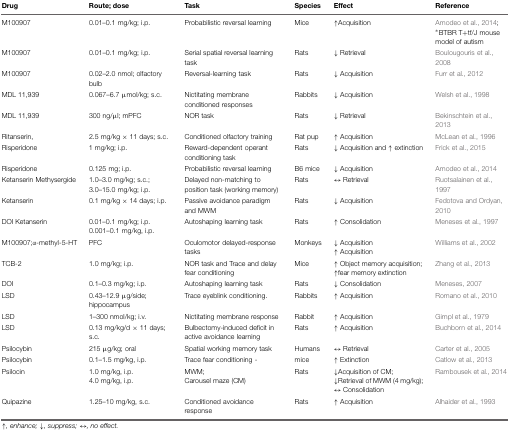
<table><thead><tr><td><b>Drug</b></td><td><b>Route; dose</b></td><td><b>Task</b></td><td><b>Species</b></td><td><b>Effect</b></td><td><b>Reference</b></td></tr></thead><tbody><tr><td>M100907</td><td>0.01–0.1 mg/kg; i.p.</td><td>Probabilistic reversal learning</td><td>Mice</td><td>↑Acquisition</td><td>Amodeo et al., 2014;<sup>∗</sup>BTBR T+tf/J mouse model of autism</td></tr><tr><td>M100907</td><td>0.01–0.1 mg/kg; i.p.</td><td>Serial spatial reversal learning task</td><td>Rats</td><td>↓ Retrieval</td><td>Boulougouris et al., 2008</td></tr><tr><td>M100907</td><td>0.02–2.0 nmol; olfactory bulb</td><td>Reversal-learning task</td><td>Rats</td><td>↓ Acquisition</td><td>Furr et al., 2012</td></tr><tr><td>MDL 11,939</td><td>0.067–6.7 μmol/kg; s.c.</td><td>Nictitating membrane conditioned responses</td><td>Rabbits</td><td>↓ Acquisition</td><td>Welsh et al., 1998</td></tr><tr><td>MDL 11,939</td><td>300 ng/μl; mPFC</td><td>NOR task</td><td>Rats</td><td>↓ Retrieval</td><td>Bekinschtein et al., 2013</td></tr><tr><td>Ritanserin,</td><td>2.5 mg/kg × 11 days; s.c.</td><td>Conditioned olfactory training</td><td>Rat pup</td><td>↑ Acquisition</td><td>McLean et al., 1996</td></tr><tr><td>Risperidone</td><td>1 mg/kg; i.p.</td><td>Reward-dependent operant conditioning task</td><td>Rats</td><td>↓ Acquisition and ↑ extinction</td><td>Frick et al., 2015</td></tr><tr><td>Risperidone</td><td>0.125 mg; i.p.</td><td>Probabilistic reversal learning</td><td>B6 mice</td><td>↓ Acquisition</td><td>Amodeo et al., 2014</td></tr><tr><td>Ketanserin Methysergide</td><td>1.0–3.0 mg/kg; s.c.;3.0–15.0 mg/kg; i.p.</td><td>Delayed non-matching to position task (working memory)</td><td>Rats</td><td>↔ Retrieval</td><td>Ruotsalainen et al., 1997</td></tr><tr><td>Ketanserin</td><td>0.1 mg/kg × 14 days; i.p.</td><td>Passive avoidance paradigm and MWM</td><td>Rats</td><td>↓ Acquisition</td><td>Fedotova and Ordyan, 2010</td></tr><tr><td>DOI Ketanserin</td><td>0.01–0.1 mg/kg; i.p.0.001–0.1 mg/kg, i.p.</td><td>Autoshaping learning task</td><td>Rats</td><td>↑ Consolidation</td><td>Meneses et al., 1997</td></tr><tr><td>M100907;α-methyl-5-HT</td><td>PFC</td><td>Oculomotor delayed-response tasks</td><td>Monkeys</td><td>↓ Acquisition↑ Acquisition</td><td>Williams et al., 2002</td></tr><tr><td>TCB-2</td><td>1.0 mg/kg; i.p.</td><td>NOR task and Trace and delay fear conditioning</td><td>Mice</td><td>↑ Object memory acquisition; ↑fear memory extinction</td><td>Zhang et al., 2013</td></tr><tr><td>DOI</td><td>0.1–0.3 mg/kg; i.p.</td><td>Autoshaping learning task</td><td>Rats</td><td>↓ Consolidation</td><td>Meneses, 2007</td></tr><tr><td>LSD</td><td>0.43–12.9 μg/side; hippocampus</td><td>Trace eyeblink conditioning.</td><td>Rabbits</td><td>↑ Acquisition</td><td>Romano et al., 2010</td></tr><tr><td>LSD</td><td>1–300 nmol/kg; i.v.</td><td>Nictitating membrane response</td><td>Rabbit</td><td>↑ Acquisition</td><td>Gimpl et al., 1979</td></tr><tr><td>LSD</td><td>0.13 mg/kg/d × 11 days; s.c.</td><td>Bulbectomy-induced deficit in active avoidance learning</td><td>Rats</td><td>↑ Acquisition</td><td>Buchborn et al., 2014</td></tr><tr><td>Psilocybin</td><td>215 μg/kg; oral</td><td>Spatial working memory task</td><td>Humans</td><td>↔ Retrieval</td><td>Carter et al., 2005</td></tr><tr><td>Psilocybin</td><td>0.1–1.5 mg/kg, i.p.</td><td>Trace fear conditioning -</td><td>mice</td><td>↑ Extinction</td><td>Catlow et al., 2013</td></tr><tr><td>Psilocin</td><td>1.0 mg/kg, i.p.4.0 mg/kg, i.p.</td><td>MWM;Carousel maze (CM)</td><td>Rats</td><td>↓Acquisition of CM;↓Retrieval of MWM (4 mg/kg);↔ Consolidation</td><td>Rambousek et al., 2014</td></tr><tr><td>Quipazine</td><td>1.25–10 mg/kg, s.c.</td><td>Conditioned avoidance response</td><td>Rats</td><td>↑ Acquisition</td><td>Alhaider et al., 1993</td></tr></tbody></table>